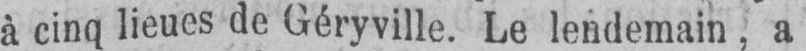
à cinq lieues de Géryville. Le lendemain, a